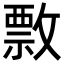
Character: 𢿖